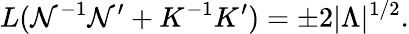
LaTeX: L(\mathcal{N}^{-1}\mathcal{N}^{\prime}+K^{-1}K^{\prime})=\pm2|\Lambda|^{1/2}.